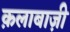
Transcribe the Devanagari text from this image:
क़लाबाज़ी